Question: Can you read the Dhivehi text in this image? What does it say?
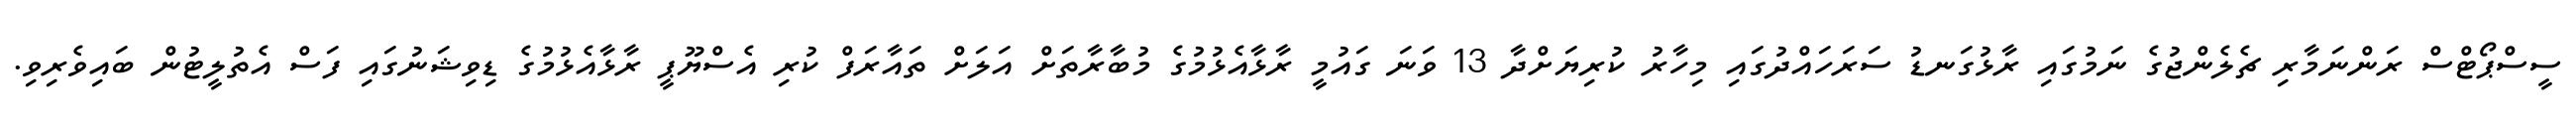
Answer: ސީސްޕޯޓްސް ރަންނަމާރި ޗެލެންޖުގެ ނަމުގައި ރާޅުގަނޑު ސަރަހައްދުގައި މިހާރު ކުރިޔަށްދާ 13 ވަނަ ގައުމީ ރާޅާއެޅުމުގެ މުބާރާތަށް އަލަށް ތައާރަފް ކުރި އެސްޔޫޕީ ރާޅާއެޅުމުގެ ޑިވިޝަނުގައި ފަސް އެތުލީޓުން ބައިވެރިވި.